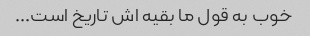
خوب به قول ما بقیه اش تاریخ است...